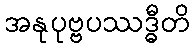
အနုပုဗ္ဗပဿဒ္ဓီတိ